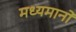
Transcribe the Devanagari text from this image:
मध्यमानों